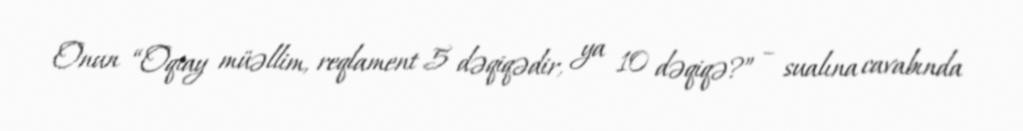
Onun “Oqtay müəllim, reqlament 5 dəqiqədir, ya 10 dəqiqə?” – sualına cavabında